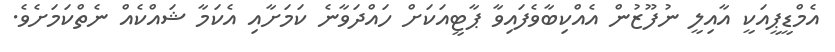
އެމްޑީޕީއަކީ އާއިލީ ނުފޫޒުން އެއްކިބާވެފައިވާ ޕާޓީއަކަށް ހައްދަވާނެ ކަމަށާއި އެކަމާ ޝައްކެއް ނެތްކަމަށެވެ.